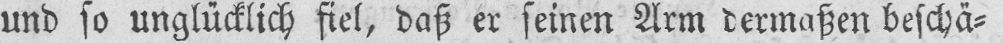
und so unglücklich fiel, daß er seinen Arm dermaßen beschä⸗